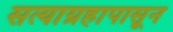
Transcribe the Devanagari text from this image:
सत्याग्रहापासून